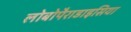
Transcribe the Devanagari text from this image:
लोबोपैराडाइसिया